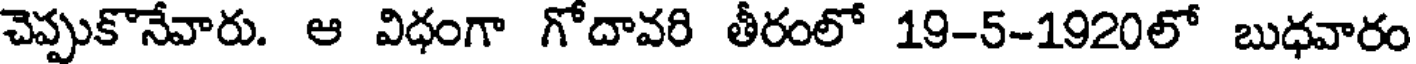
చెప్పుకొనేవారు. ఆ విధంగా గోదావరి తీరంలో 19-5-1920లో బుధవారం